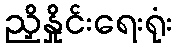
ညှိနှိုင်းရေးရုံး